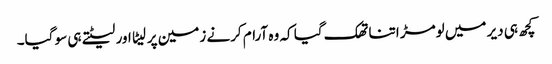
کچھ ہی دیر میں لومڑ اتنا تھک گیا کہ وہ آرام کرنے زمین پر لیٹا اور لیٹتے ہی سو گیا۔